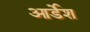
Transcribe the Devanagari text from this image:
आर्डेश